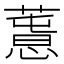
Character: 𢡳